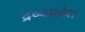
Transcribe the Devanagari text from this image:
द्रव्यप्रवेश